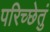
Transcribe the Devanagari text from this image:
परिच्छेतुं